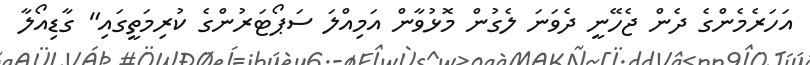
އަަހަރެމެންގެ ދެން ޖެހޭނީ ދެވަނަ ލެގުން މޮޅުވާން އަމިއްލަ ސަޕޯޓަރުންގެ ކުރިމަތީގައި" ގާޑިއޯލާ